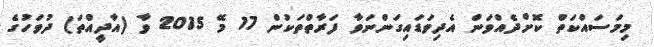
މިމަސައްކަތް ކޮށްދެއްވަން އެދިވަޑައިގަންނަވާ ފަރާތްތަކުން 17 މޭ 2015 ވާ (އާދީއްތަ) ދުވަހުގެ